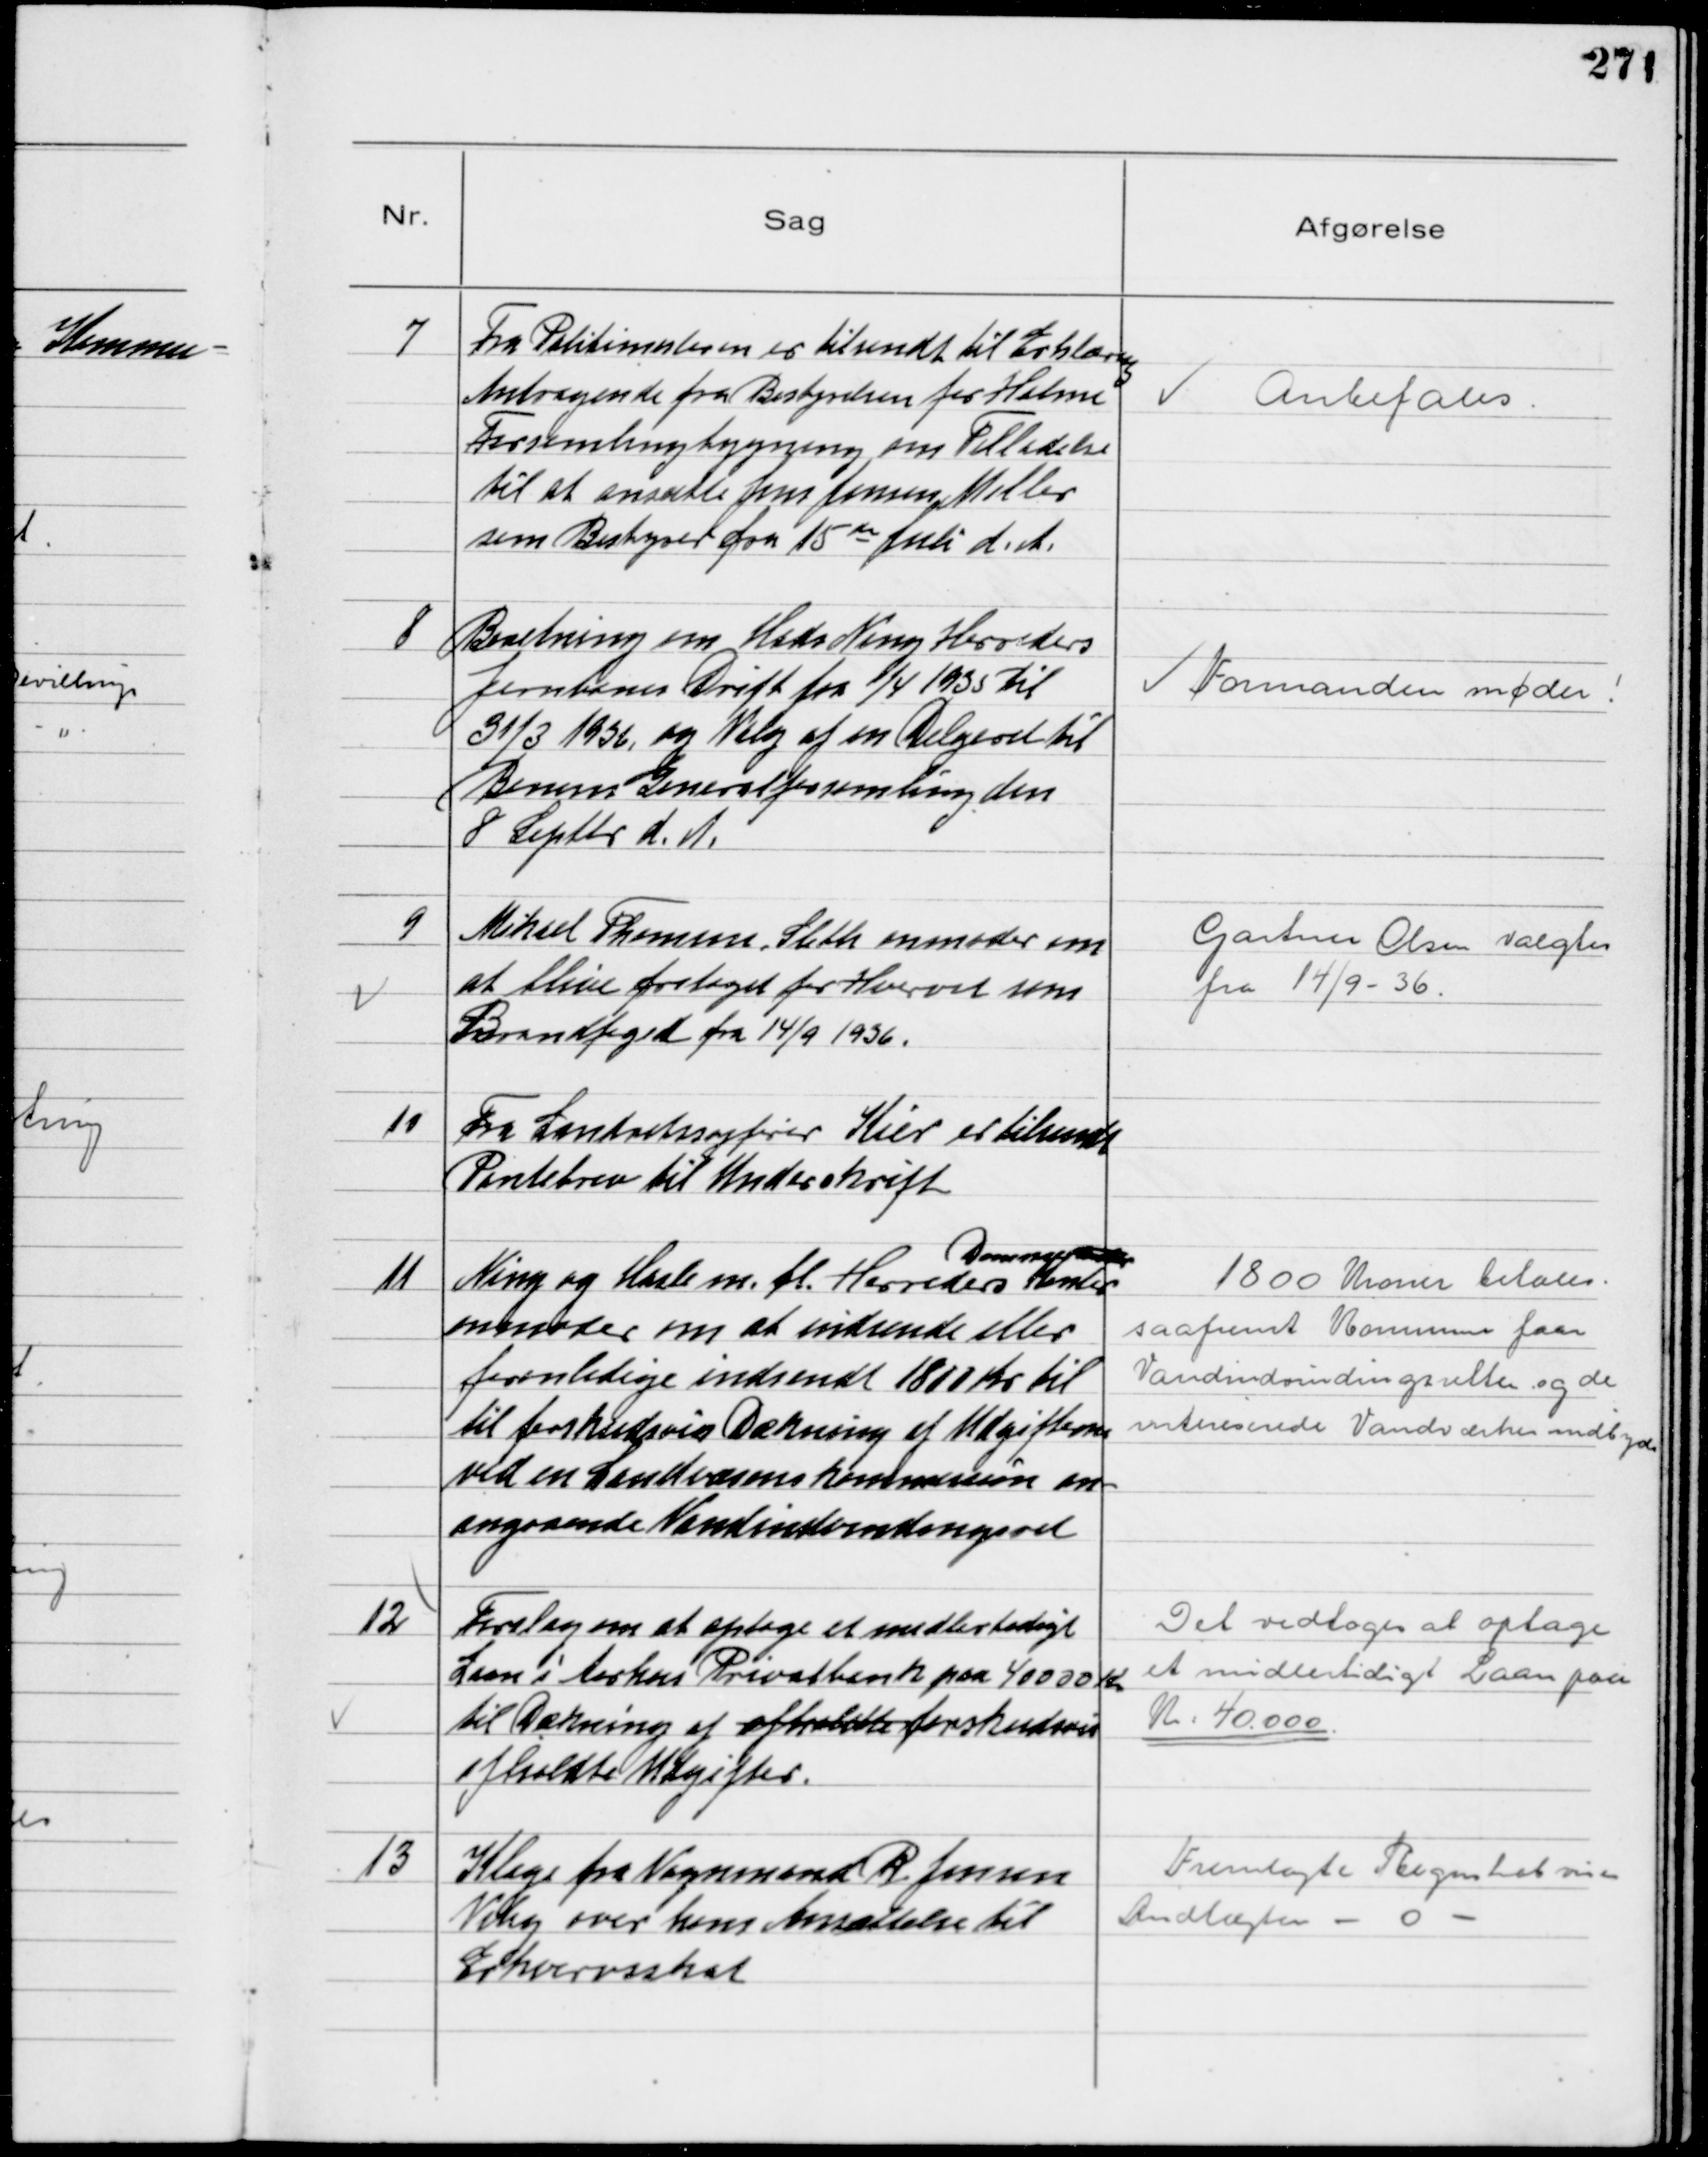
Transskription:
7
Fra Politimesteren er tilsendt til Erklæring
Andragende fra Bestyrelsen for Holme
Forsamlingsbygning om Tilladelse
til at ansætte Jens Jensen Møller
som Bestyrer fra 15de Juli d. A.

Anbefales

8
Beretning om Hads Ning Herreders
Jernbanes Drift fra 1/4 1935 til
31/3 1936, og Valg af en Delgeret til
Banens Generalforsamling den
8 Septbr d. A.

Formanden møder!

9
Mikael Thomsen, Sleth anmoder om
at blive fritaget for Hvervet som
Brandfoged fra 14/9 1936.

Gartner Olsen valgtes
fra 14/9 - 36.

10
Fra Landretssagfører Kier er tilsendt
Pantebrev til Underskrift

11
Ning og Hasle m.fl. Herreders
Dommer
Kontor
anmoder om at indsende eller
foranledige indsendt 1800 Kr til
til forskudsvis Dækning af Udgifterne
ved en Landvæsenskommission an-
angaaende Vandindvindingsret

1800 Kroner betales
saafremt Kommunen faar
Vandindvindingsretten og de
intereserede Vandværker indbydes

12
Forslag om at optage et midlertidigt
Laan i Aarhus Privatbank paa 40000 Kr
til Dækning af afholdte forskudsvis
afholdte Udgifter.

Det vedtoges at optage
et midlertidigt Laan paa
Kr: 40.000

13
Klage fra Vognmand R. Jensen
Viby over hans Ansættelse til
Erhvervsskat

Fremlagte Regnskab viser
Indtægter - 0 -